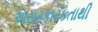
અસરકારકતાથી